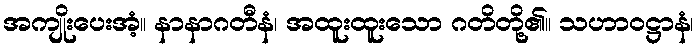
အကျိုးပေးအံ့။ နာနာဂတီနံ၊ အထူးထူးသော ဂတိတို့၏။ သဟာဝဋ္ဌာနံ၊